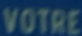
VOTRE